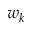
w _ { k }